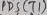
Text: PB5